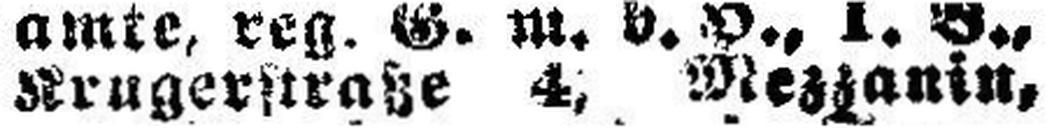
Krugerstraße 4, Mezzanin,